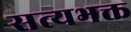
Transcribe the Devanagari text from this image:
सत्यभक्त